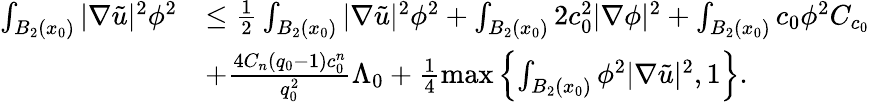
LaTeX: \begin{array}{rl}{\int_{B_{2}(x_{0})}|\nabla\tilde{u}|^{2}\phi^{2}}&{\leq\frac{1}{2}\int_{B_{2}(x_{0})}|\nabla\tilde{u}|^{2}\phi^{2}+\int_{B_{2}(x_{0})}2c_{0}^{2}|\nabla\phi|^{2}+\int_{B_{2}(x_{0})}c_{0}\phi^{2}C_{c_{0}}}\\ &{+\frac{4C_{n}(q_{0}-1)c_{0}^{n}}{q_{0}^{2}}\Lambda_{0}+\frac{1}{4}\operatorname*{max}\left\{ \int_{B_{2}(x_{0})}\phi^{2}|\nabla\tilde{u}|^{2},1\right\} .}\end{array}